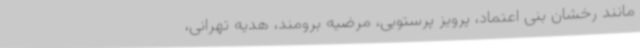
مانند رخشان بنی اعتماد، پرویز پرستویی، مرضیه برومند، هدیه تهرانی،